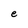
Character: e